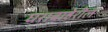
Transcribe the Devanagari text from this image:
घराबाहेरील